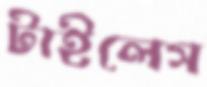
টাইলেস